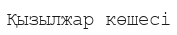
Қызылжар көшесі